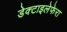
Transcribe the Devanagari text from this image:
डेक्टाइलेफेरा